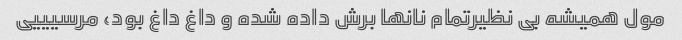
مول همیشه بی نظیرتمام نانها برش داده شده و داغ داغ بود، مرسیییی